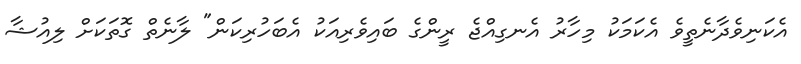
އެކަނިވެދާނެތީވެ އެކަމަކު މިހާރު އެނގިއްޖެ ރީންގެ ބައިވެރިއަކު އެބަހުރިކަން" ލާނެތް ގޮތަކަށް ލިއުޝާ